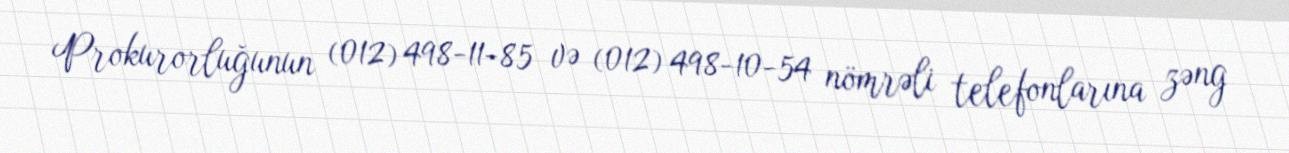
Prokurorluğunun (012) 498-11-85 və (012) 498-10-54 nömrəli telefonlarına zəng